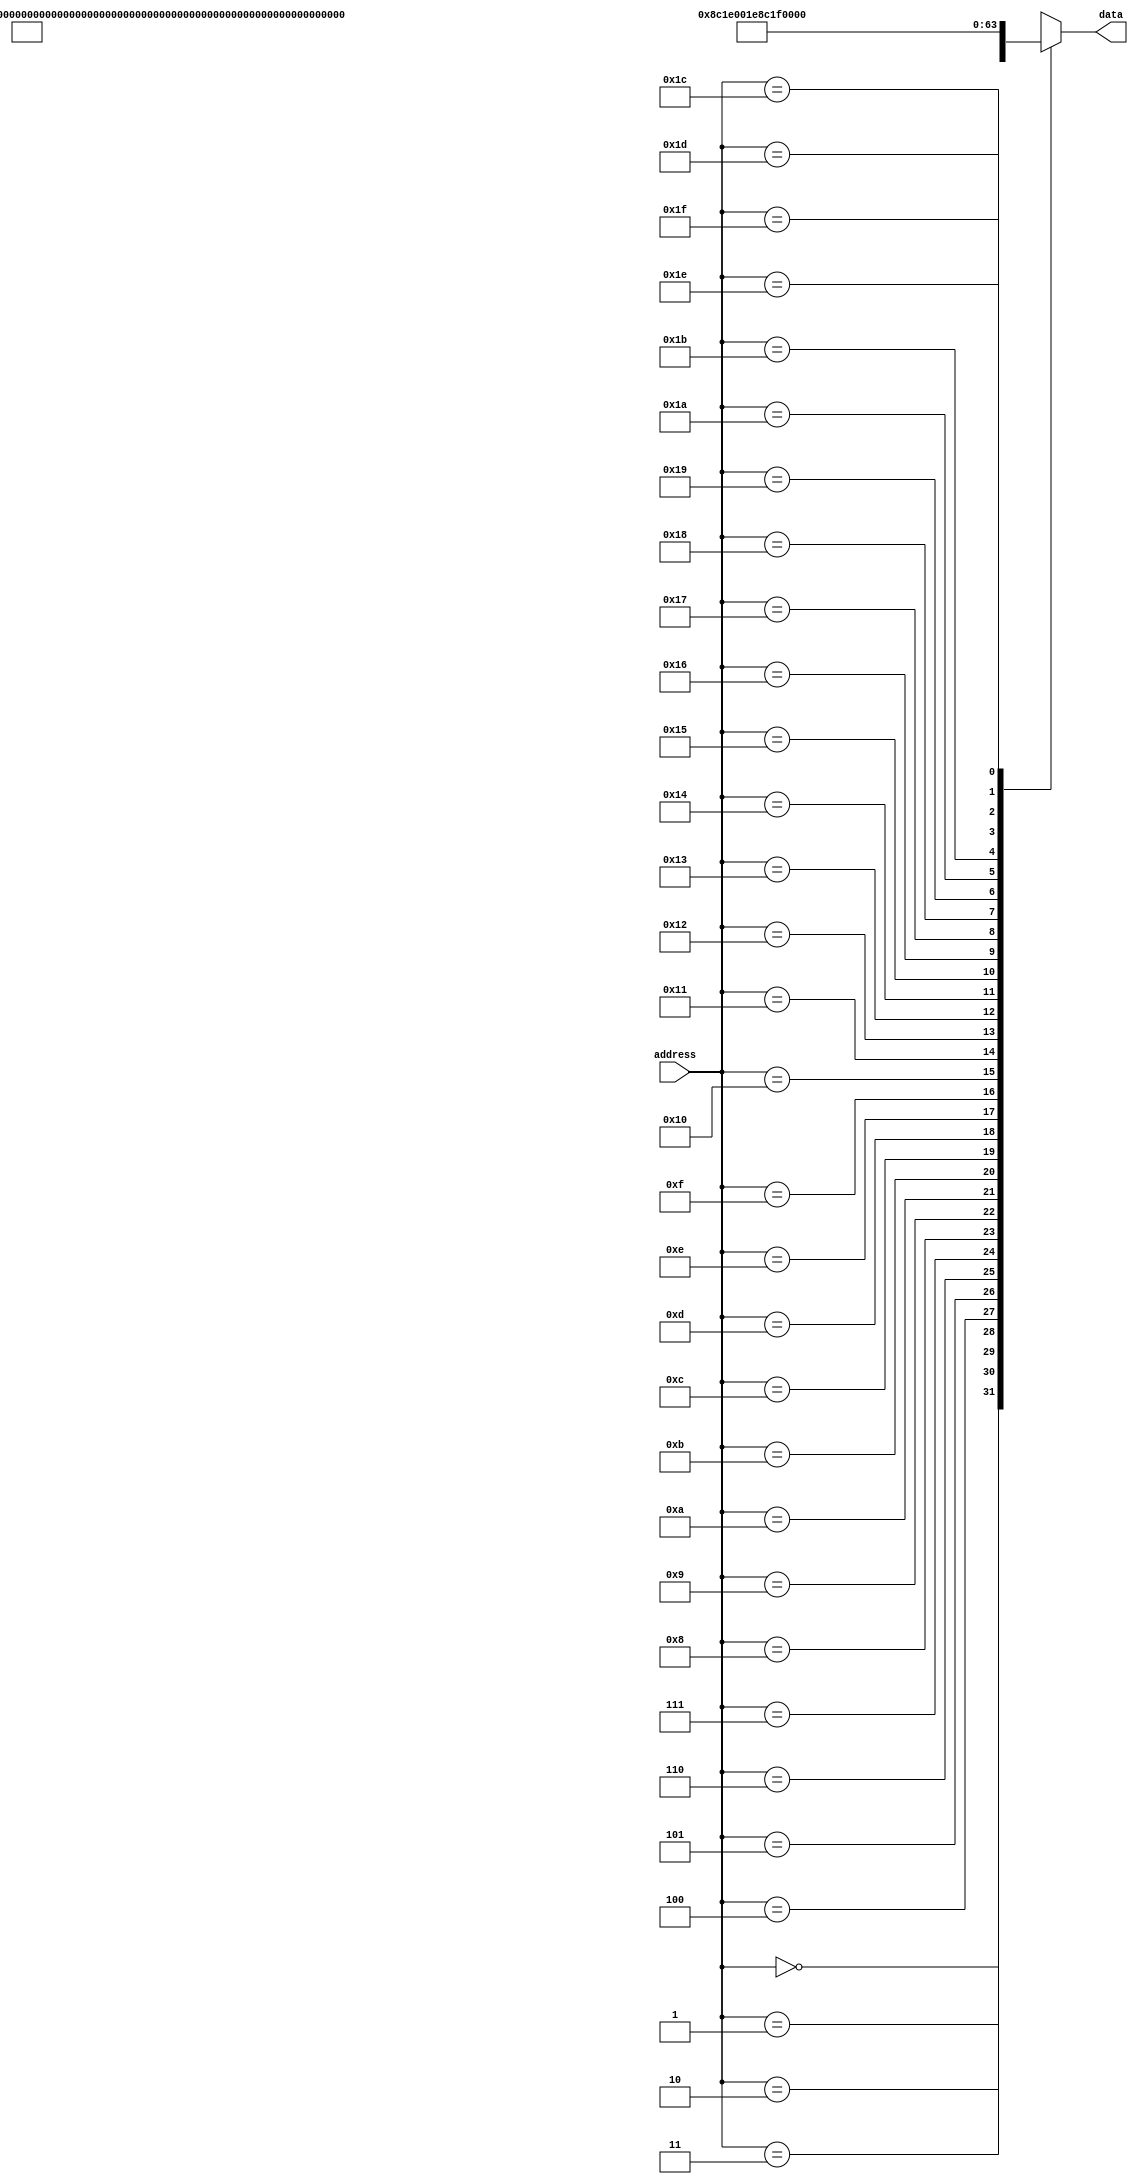
module romMips(
    input[4:0] address,
    output [31:0] data);
    
 wire [31:0] rom [31:0];
 
  assign rom[0] = 32'h8c010001;
  assign rom[1] = 32'h8c020002;
  assign rom[2] = 32'h8c030003;
  assign rom[3] = 32'h8c040004;
  assign rom[4] = 32'h8c050005;
  assign rom[5] = 32'h8c060006;
  assign rom[6] = 32'h8c070007;
  assign rom[7] = 32'h8c080008;
  assign rom[8] = 32'h8c090009;
  assign rom[9] = 32'h8c0a000a;
  assign rom[10] =32'h00220018;
  assign rom[11] =32'h00640018;
  assign rom[12] =32'h00a60018;
  assign rom[30] =32'h8c1e001e;
  assign rom[31] =32'h8c1f001f;

  assign data = rom[address];
  
endmodule